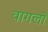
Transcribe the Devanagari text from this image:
वागलो